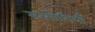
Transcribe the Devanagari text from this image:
सरगोशियाँ